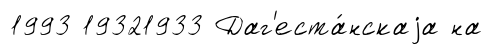
1993 19321933 Даг'еста́нскаjа на